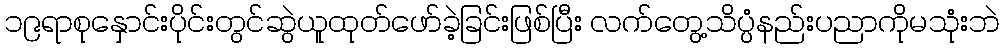
၁၉ရာစုနှောင်းပိုင်းတွင်ဆွဲယူထုတ်ဖော်ခဲ့ခြင်းဖြစ်ပြီး လက်တွေ့သိပ္ပံနည်းပညာကိုမသုံးဘဲ